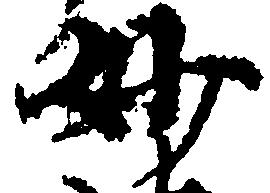
妙